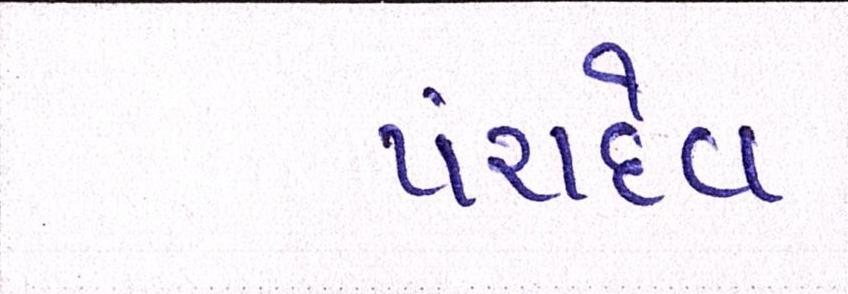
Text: પંચદેવ